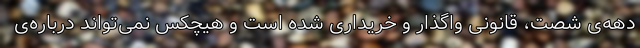
دهه‌ی شصت، قانونی واگذار و خریداری شده است و هیچکس نمی‌تواند درباره‌ی